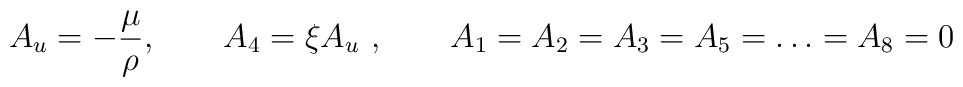
A_u = - { \mu \over \rho}, \qquad  A_4 = \xi A_u \ , \qquad A_1=A_2=A_3=A_5 =\dots = A_8=0